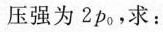
压强为2p_{0}，求：